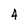
Character: 4